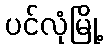
ပင်လုံမြို့